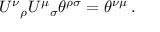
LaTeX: U ^ { \nu } { } _ { \rho } U ^ { \mu } { } _ { \sigma } \theta ^ { \rho \sigma } = \theta ^ { \nu \mu } \, .